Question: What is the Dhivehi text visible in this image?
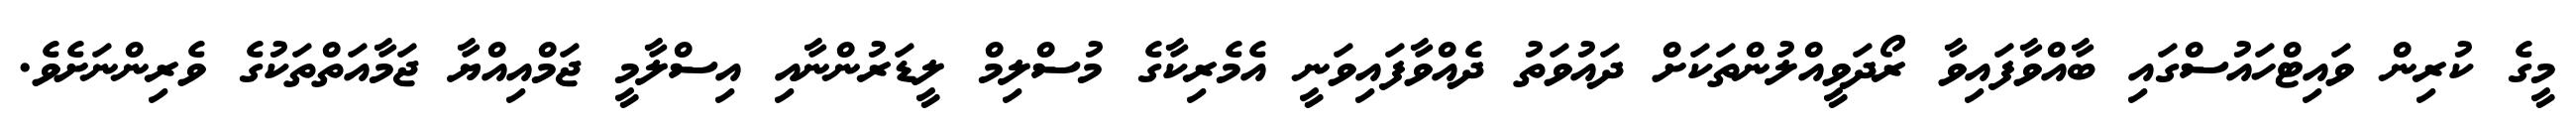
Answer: މީގެ ކުރިން ވައިޓްހައުސްގައި ބާއްވާފައިވާ ރޯދަވީއްލުންތަކަށް ދައުވަތު ދެއްވާފައިވަނީ އެމެރިކާގެ މުސްލިމް ލީޑަރުންނާއި އިސްލާމީ ޖަމްއިއްޔާ ޖަމާއަތްތަކުގެ ވެރިންނަށެވެ.